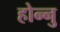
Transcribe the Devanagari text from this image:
होन्नु